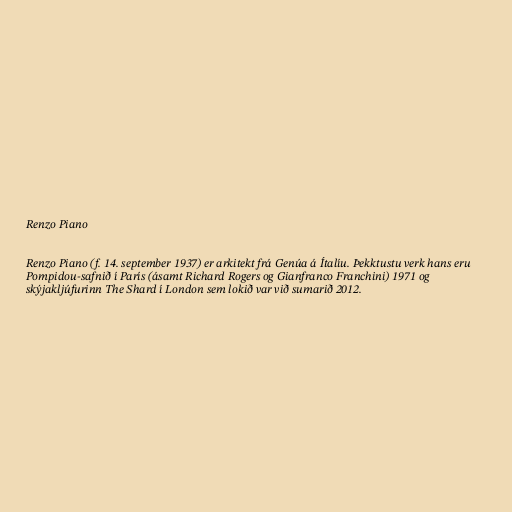
Renzo Piano

Renzo Piano (f. 14. september 1937) er arkitekt frá Genúa á Ítalíu. Þekktustu verk hans eru
Pompidou-safnið í París (ásamt Richard Rogers og Gianfranco Franchini) 1971 og
skýjakljúfurinn The Shard í London sem lokið var við sumarið 2012.